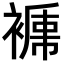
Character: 𧜑